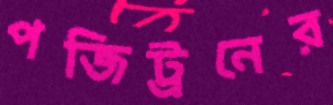
পজিট্রনের